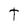
Character: T